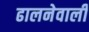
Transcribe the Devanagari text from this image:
ढालनेवाली